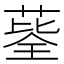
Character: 𦷅